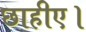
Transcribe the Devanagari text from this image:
छाहीए।